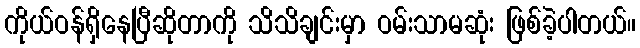
ကိုယ်ဝန်ရှိနေပြီဆိုတာကို သိသိချင်းမှာ ဝမ်းသာမဆုံး ဖြစ်ခဲ့ပါတယ်။